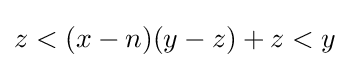
z<(x-n)(y-z)+z<y